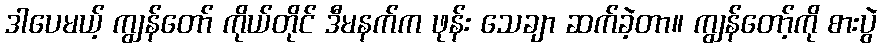
ဒါပေမယ့် ကျွန်တော် ကိုယ်တိုင် ဒီမနက်က ဖုန်း သေချာ ဆက်ခဲ့တာ။ ကျွန်တော့်ကို စားပွဲ